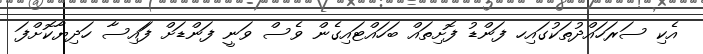
އެކި ސަރަހަައްދުތަކުގައިހ ފަންޑު ފޮށިތައް ބަހައްޓައިގެން ވެސް ވަނީ ފަންޑަށް ފަައިސާ ހަަދިޔާކޮށްފަ